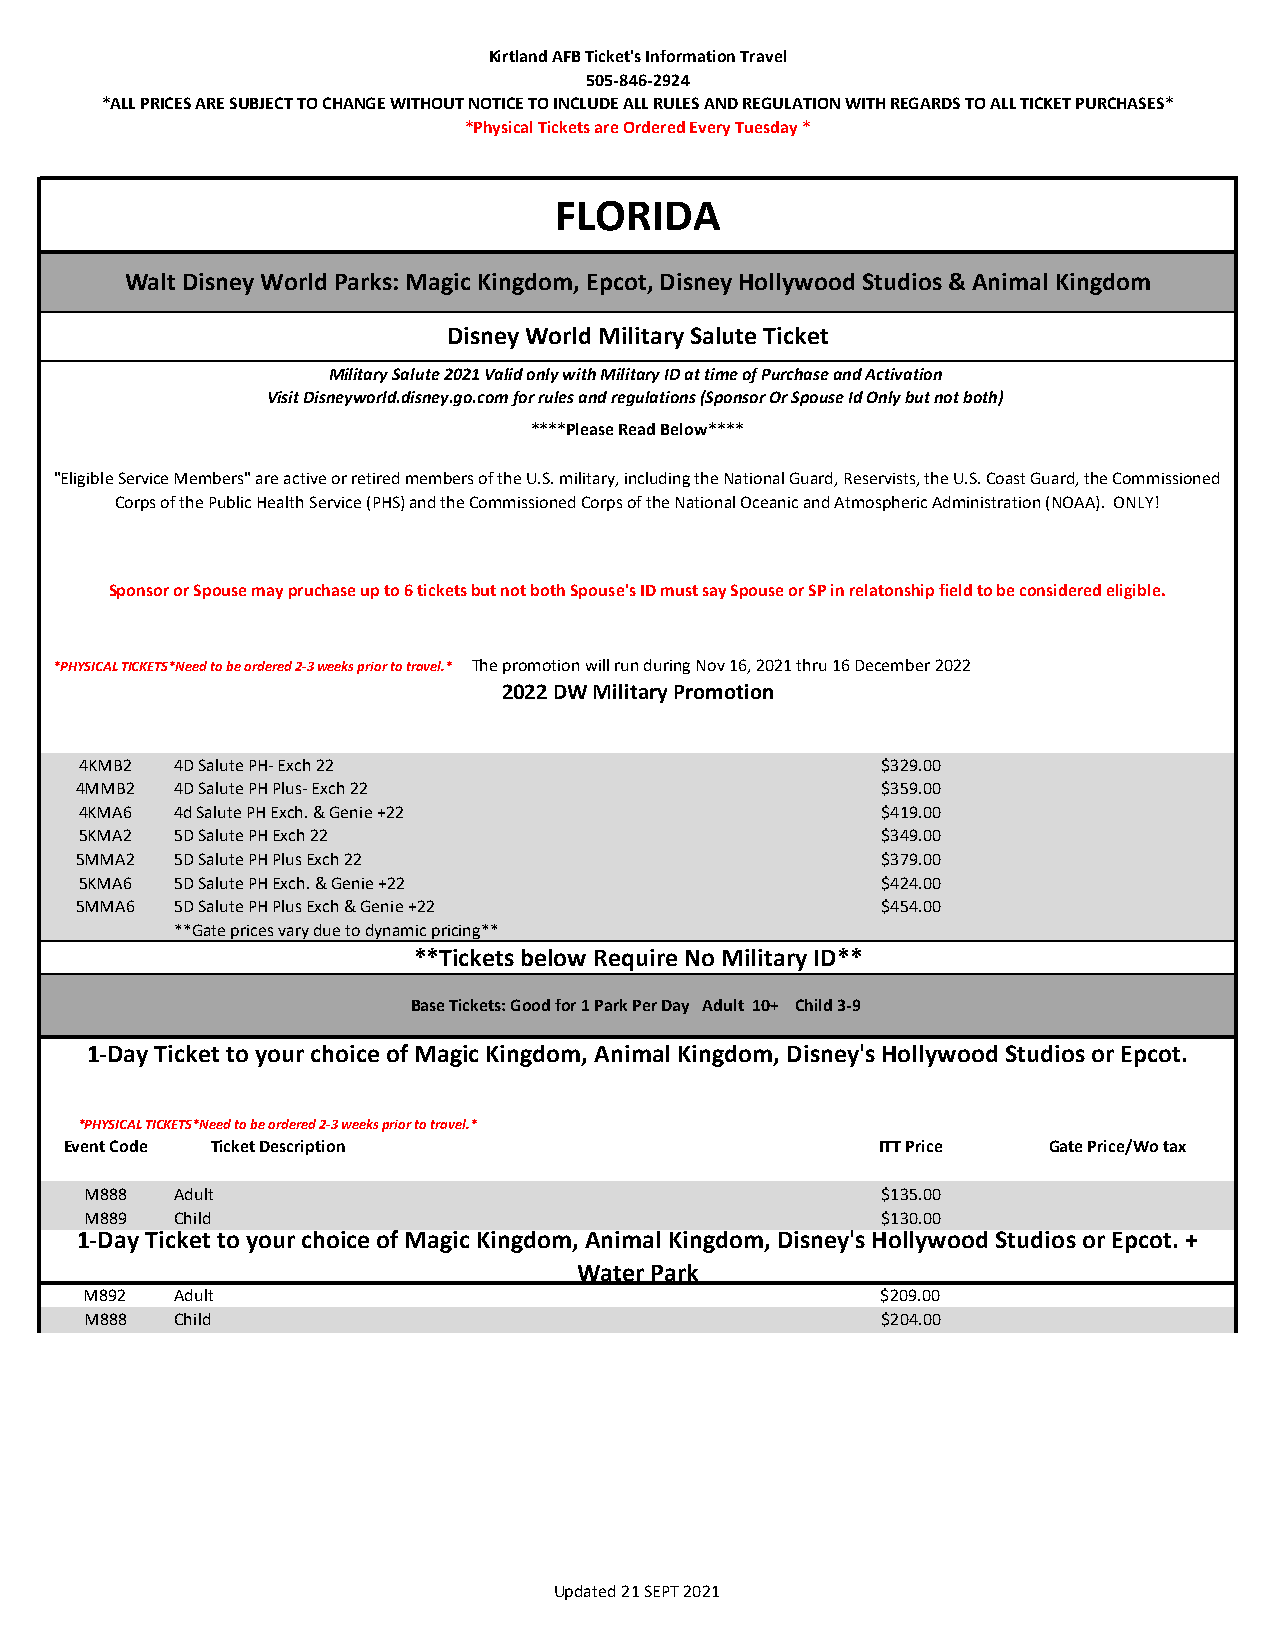
Kirtland AFB Ticket's Information Travel
 505-846-2924
 *ALL PRICES ARE SUBJECT TO CHANGE WITHOUT NOTICE TO INCLUDE ALL RULES AND REGULATION WITH REGARDS TO ALL TICKET PURCHASES*
 *Physical Tickets are Ordered Every Tuesday *
 FLORIDA
 Walt Disney World Parks: Magic Kingdom, Epcot, Disney Hollywood Studios & Animal Kingdom
 Disney World Military Salute Ticket
 Military Salute 2021 Valid only with Military ID at time of Purchase and Activation
 Visit Disneyworld.disney.go.com for rules and regulations (Sponsor Or Spouse Id Only but not both)
 ****Please Read Below****
 "Eligible Service Members" are active or retired members of the U.S. military, including the National Guard, Reservists, the U.S. Coast Guard, the Commissioned
 Corps of the Public Health Service (PHS) and the Commissioned Corps of the National Oceanic and Atmospheric Administration (NOAA). ONLY!
 Sponsor or Spouse may pruchase up to 6 tickets but not both Spouse's ID must say Spouse or SP in relatonship field to be considered eligible.
 *PHYSICAL TICKETS*Need to be ordered 2-3 weeks prior to travel.* The promotion will run during Nov 16, 2021 thru 16 December 2022
 2022 DW Military Promotion
 4KMB2 4D Salute PH- Exch 22                          $329.00
 4MMB2  4D Salute PH Plus- Exch 22                     $359.00
 4KMA6 4d Salute PH Exch. & Genie +22                 $419.00
 5KMA2 5D Salute PH Exch 22                           $349.00
 5MMA2  5D Salute PH Plus Exch 22                      $379.00
 5KMA6 5D Salute PH Exch. & Genie +22                 $424.00
 5MMA6  5D Salute PH Plus Exch & Genie +22             $454.00
 **Gate prices vary due to dynamic pricing**
 **Tickets below Require No Military ID**
 Base Tickets: Good for 1 Park Per Day Adult 10+ Child 3-9
 1-Day Ticket to your choice of Magic Kingdom, Animal Kingdom, Disney's Hollywood Studios or Epcot.
 *PHYSICAL TICKETS*Need to be ordered 2-3 weeks prior to travel.*
 Event Code Ticket Description                         ITT Price  Gate Price/Wo tax
 M888  Adult                                          $135.00
 M889  Child                                          $130.00
 1-Day Ticket to your choice of Magic Kingdom, Animal Kingdom, Disney's Hollywood Studios or Epcot. +
 Water Park
 M892  Adult                                          $209.00
 M888  Child                                          $204.00
 Updated 21 SEPT 2021